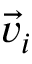
\vec { v } _ { i }